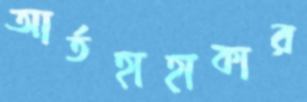
আর্তহাহাকার